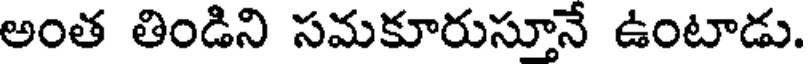
అంత తిండిని సమకూరుస్తూనే ఉంటాడు.